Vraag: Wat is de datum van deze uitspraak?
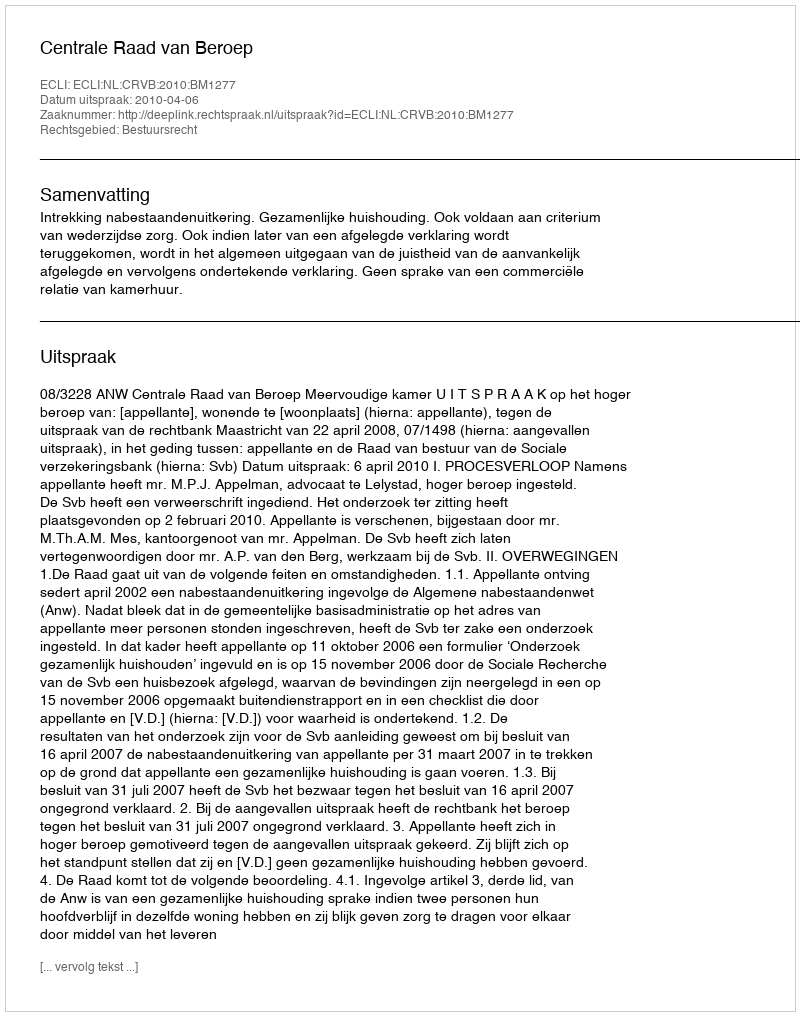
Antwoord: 2010-04-06